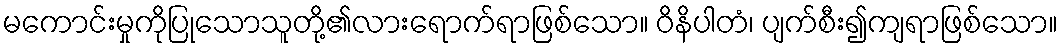
မကောင်းမှုကိုပြုသောသူတို့၏လားရောက်ရာဖြစ်သော။ ဝိနိပါတံ၊ ပျက်စီး၍ကျရာဖြစ်သော။